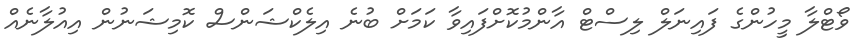
ވޯޓްލާ މީހުންގެ ފައިނަލް ލިސްޓް އާންމުކޮށްފައިވާ ކަމަށް ބުނެ އިލެކްޝަންސް ކޮމިޝަނުން އިއުލާނެއް